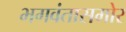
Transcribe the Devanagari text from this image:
भगवंतासमोर